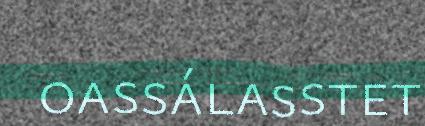
oassálasstet